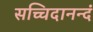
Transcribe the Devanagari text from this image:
सच्चिदानन्दं